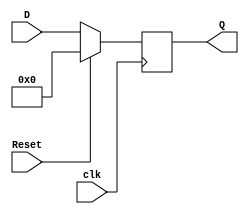
module register (clk, D, Reset, Q);
	input [63 : 0] D;
	input clk;
	input Reset;
	output reg [63 : 0] Q;

	always @ (posedge clk) begin
		if(Reset == 1'b1)
			Q <= 64'b0;
		else 
			Q <= D;
	end
endmodule